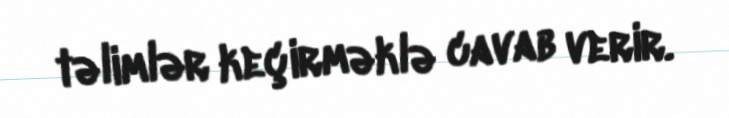
təlimlər keçirməklə cavab verir.